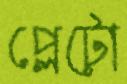
প্লেটো